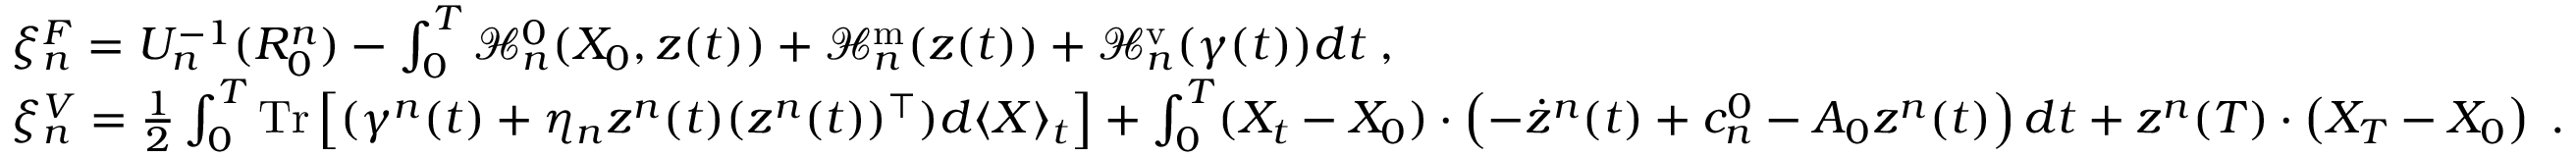
\begin{array} { r l } & { \xi _ { n } ^ { F } = U _ { n } ^ { - 1 } ( R _ { 0 } ^ { n } ) - \int _ { 0 } ^ { T } \mathcal { H } _ { n } ^ { 0 } ( X _ { 0 } , z ( t ) ) + \mathcal { H } _ { n } ^ { \mathrm { m } } ( z ( t ) ) + \mathcal { H } _ { n } ^ { \mathrm { v } } ( \gamma ( t ) ) d t \; , } \\ & { \xi _ { n } ^ { V } = \frac 1 2 \int _ { 0 } ^ { T } \mathrm { T r } \left[ ( \gamma ^ { n } ( t ) + \eta _ { n } z ^ { n } ( t ) ( z ^ { n } ( t ) ) ^ { \top } ) d \langle X \rangle _ { t } \right] + \int _ { 0 } ^ { T } ( X _ { t } - X _ { 0 } ) \cdot \left( - \dot { z } ^ { n } ( t ) + c _ { n } ^ { 0 } - A _ { 0 } z ^ { n } ( t ) \right) d t + z ^ { n } ( T ) \cdot \left( X _ { T } - X _ { 0 } \right) \; . } \end{array}